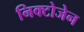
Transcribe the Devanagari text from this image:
निक्टोजेन